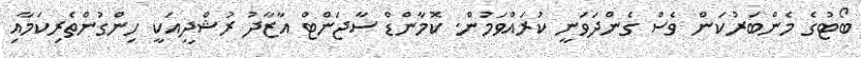
ބޯޓުގެ މެންބަރުކަން ވެސް ގެންދަވަނީ ކުރައްވަމުން. ކޮމާންޑް ސާޖަންޓް އާޒާދު ރުޝްދީއަކީ ހިންގުންތެރިކަމާއި